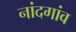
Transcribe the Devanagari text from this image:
नांदगांव